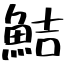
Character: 鮚